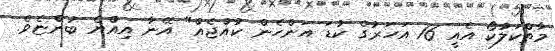
މާތްކަލާކޯ އެއީ 16 އަހަރުގެ ކުޑަ އަންހެން ކުއްޖެއް" އޭނާ އިއްޔެ ބުންޏެވެ.